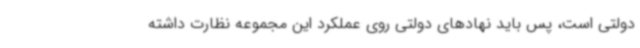
دولتی است، پس باید نهادهای دولتی روی عملکرد این مجموعه نظارت داشته